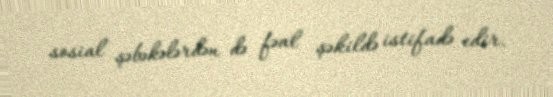
sosial şəbəkələrdən də fəal şəkildə istifadə edir.